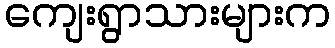
ကျေးရွာသားများက